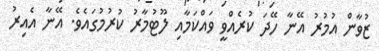
ޒުވާން އުމުރު އޭނާ ހޭދަ ކުރެއްވީ ވައްކަމާއި ލޫޓުމާރު ކުރުމުގައެވެ. އޭނާ އެއިރު